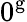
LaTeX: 0^{\mathrm{g}}